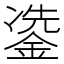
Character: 𮷳